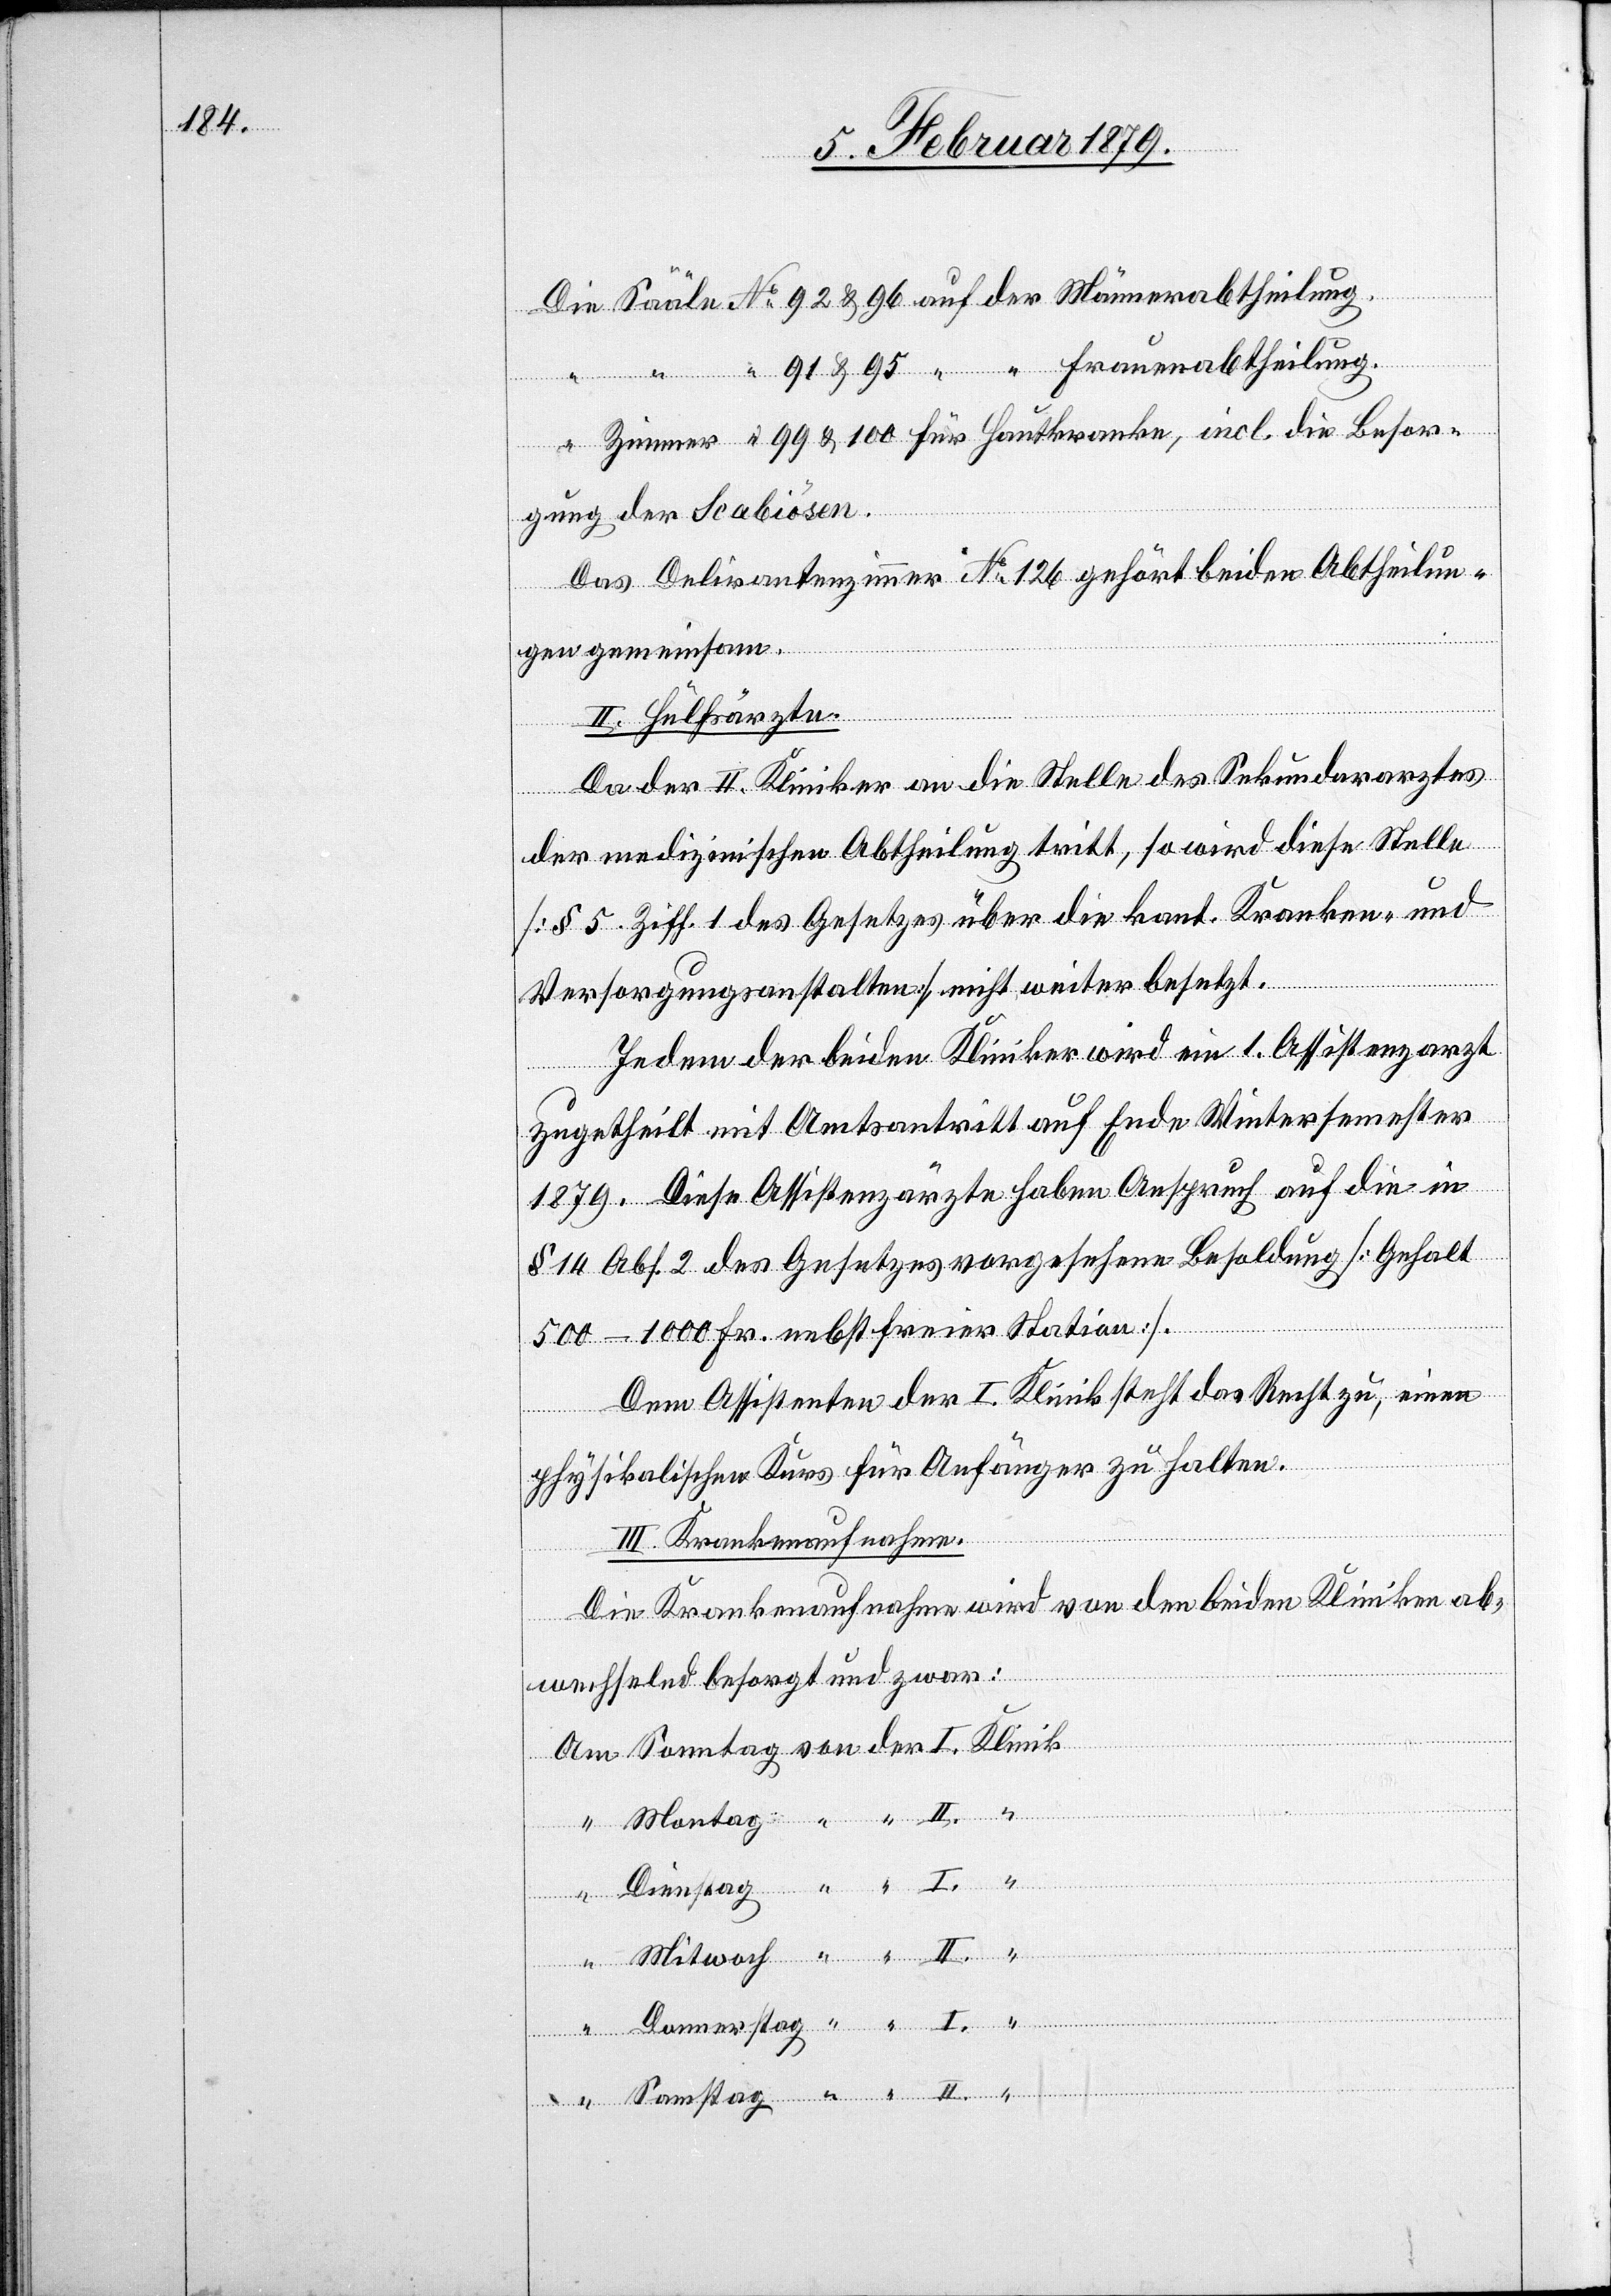
“
gung der Scabiösen.
Das Delirantenzimmer No 126 gehört beiden Abtheilun¬
gen gemeinsam.
Da der II. Kliniker an die Stelle des Sekundararztes
stag
der medizinischen Abtheilung tritt, so wird diese Stelle
[§ 5. Ziff. 1 des Gesetzes über die kant. Kranken- und
Versorgungsanstalten] nicht weiter besetzt.
Jedem der beiden Kliniker wird ein 1. Assistenzarzt
zugetheilt mit Amtsantritt auf Ende Wintersemester
1879. Diese Assistenzärzte haben Anspruch auf die in
§ 14 Abs. 2 des Gesetzes vorgesehene Besoldung [Gehalt
500–1000 Fr. nebst freier Station].
Dem Assistenten der I. Klinik steht das Recht zu, einen
physikalischen Kurs für Anfänger zu halten.
III. Krankenaufnahme.
Die Krankenaufnahme wird von den beiden Kliniken ab¬
wechselnd besorgt und zwar: